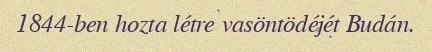
1844-ben hozta létre vasöntödéjét Budán.